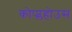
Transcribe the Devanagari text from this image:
कोप्प्लहोउस